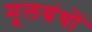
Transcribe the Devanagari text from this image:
मूलग्रंथों